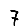
Digit: 7